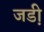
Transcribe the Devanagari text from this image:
जडी़